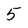
Character: 5